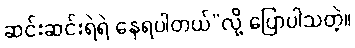
ဆင်းဆင်းရဲရဲ နေရပါတယ်”လို့ ပြောပါသတဲ့။